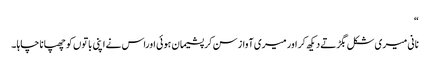
“
نانی میری شکل بگڑتے دیکھ کر اور میری آواز سن کر پشیمان ہوئی اوراس نے اپنی باتوں کو چھپانا چاہا ۔